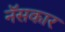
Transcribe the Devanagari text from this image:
नॅसकार